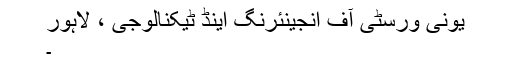
یونی ورسٹی آف انجینئرنگ اینڈ ٹیکنالوجی ، لاہور
۔